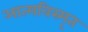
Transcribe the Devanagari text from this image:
आत्‍मविस्‍मृत